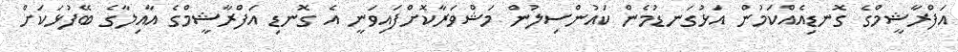
އަފްރާޝީމްގެ ގޮނޑިއެއްކަމުން އަޅުގަނޑުމެން ކައުންސިލުން މަޝްވަރާކޮށްފައިވަނީ އެ ގޮނޑި އަފްރާޝީމްގެ އާއިލާގެ ބޭފުޅަކަށް